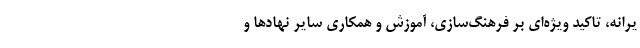
یرانه، تاکید ویژه‌ای بر فرهنگ‌سازی، آموزش و همکاری سایر نهادها و